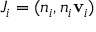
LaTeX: J _ { i } = ( n _ { i } , n _ { i } \mathbf { v } _ { i } )